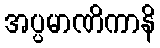
အပ္ပမာဏိကာနိ